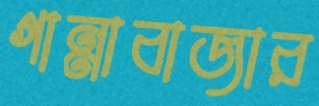
গান্নাবাজার